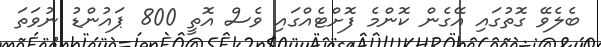
ބެލެވޭ ގޮތުގައި އޭގެން ކޮންމެ ފޮށްޓެއްގައި ވެސް އޮތީ 800 ޕައުންޑު ނުވަތަ